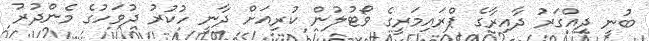
ބުނީ ދިއްގަރު ދާއިރާގެ ޕްރައިމަރީގެ ވޯޓުލުން ކުރިއަށް ދާނީ ހުކުރު ދުވަހުގެ މެންދުރު